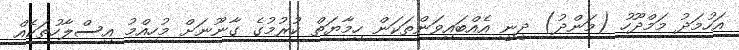
އަހުމަދު މަމްދޫހު (މަންދު) ދީނީ އެއްބައިވަންތަކަން ހިމާޔަތް ކުރުމުގެ ގާނޫނަށް މުހިއްމު އިސްލާހުތަކެއް